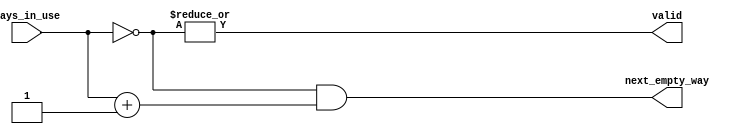
/******************************************************************************
* Finds the lowest bit in the input array which is zero.
* valid - At least one bit is zero
******************************************************************************/

module empty_way_select #(
parameter NUMBER_OF_WAYS = 4
) (
ways_in_use,
next_empty_way,
valid
);

//define the log2 function
function integer log2;
  input integer num;
  integer i, result;
  begin
      for (i = 0; 2 ** i < num; i = i + 1)
          result = i + 1;
      log2 = result;
  end
endfunction

input [NUMBER_OF_WAYS-1:0] ways_in_use;
output [NUMBER_OF_WAYS-1:0] next_empty_way;
output valid;

wire [NUMBER_OF_WAYS-1:0] invert, plusone;

assign invert = ~ways_in_use;
assign plusone = ways_in_use + 1;
assign next_empty_way = invert & plusone;
assign valid = |invert;

endmodule